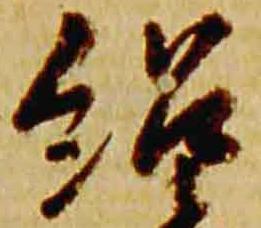
紹